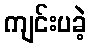
ကျင်းပခဲ့